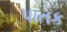
પાતક